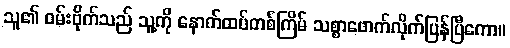
သူ၏ ဝမ်းဗိုက်သည် သူ့ကို နောက်ထပ်တစ်ကြိမ် သစ္စာဖောက်လိုက်ပြန်ပြီကော။